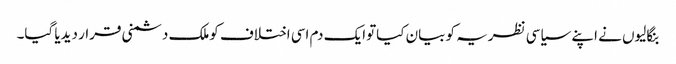
بنگالیوں نے اپنے سیاسی نظریہ کو بیان کیاتوایک دم اسی اختلاف کوملک دشمنی قرار دیدیا گیا۔